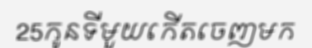
25កូនទីមួយកើតចេញមក